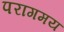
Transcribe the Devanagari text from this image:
परागमय